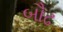
બૌઢ